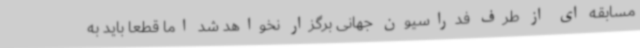
مسابقه ای از طرف فدراسیون جهانی برگزار نخواهد شد اما قطعا باید به